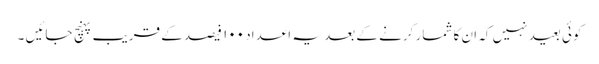
کوئی بعید نہیں کہ ان کا شمار کرنے کے بعد یہ اعداد ۱۰۰ فیصد کے قریب پہنچ جائیں ۔